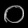
Digit: ၀